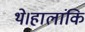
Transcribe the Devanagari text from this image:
थे।हालांकि